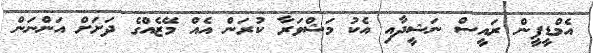
އެމްޑީޕީން ރައީސް ނަޝީދާއި އެކު މަޝްވަރާ ކުރަން އެއް މޭޒެއްގެ ދަށަށް އަންނަން